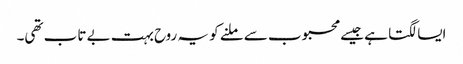
ایسا لگتا ہے جیسے محبوب سے ملنے کو یہ روح بہت بے تاب تھی۔